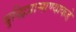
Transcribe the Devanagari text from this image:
बुद्धिप्रामाण्याकडे